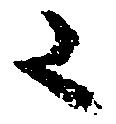
々